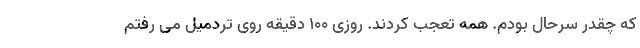
که چقدر سرحال بودم. همه تعجب کردند. روزی ۱۰۰ دقیقه روی تردمیل می رفتم